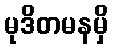
မုဒိတမနမှိ